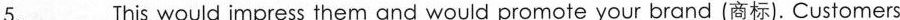
5.___This would impress them and would promote your brand (商标).Customers